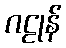
ဂဠုန်